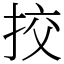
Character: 挍